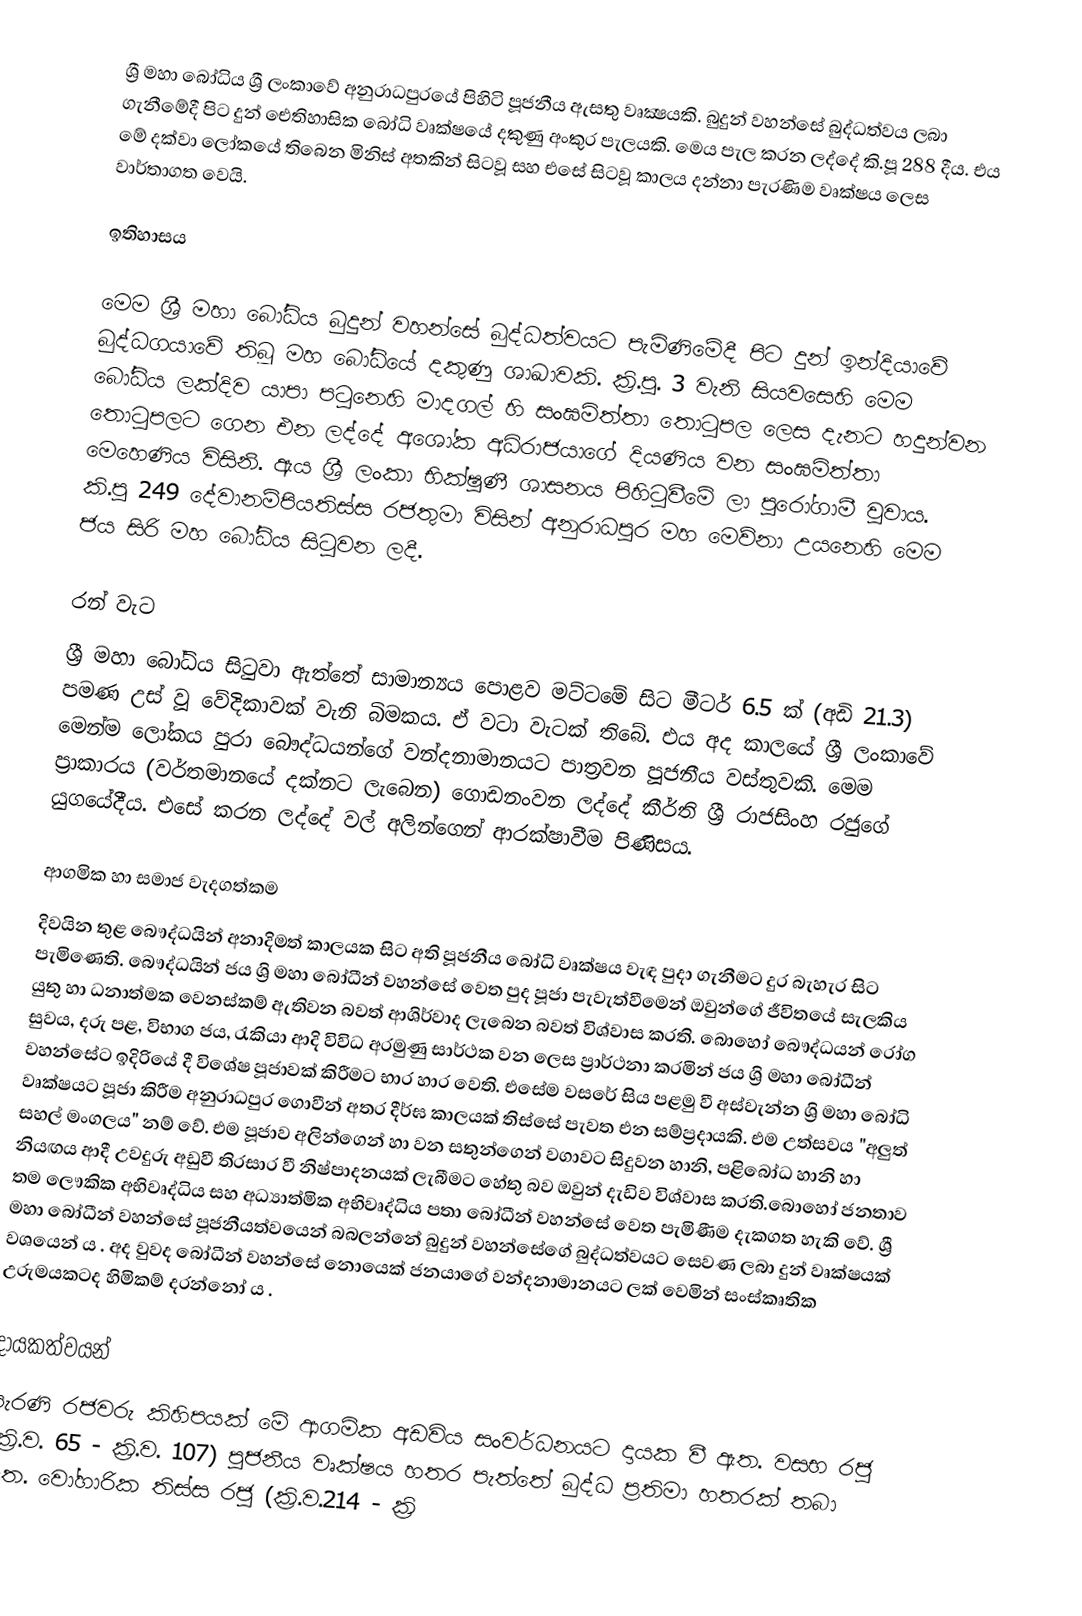
ශ්‍රී  මහා බෝධිය ශ්‍රී ලංකාවේ අනුරාධපුරයේ පිහිටි පූජනීය ඇසතු වෘක්‍ෂයකි. බුදුන් වහන්සේ බුද්ධත්වය ලබා ගැනීමේදී පිට දුන් ඓතිහාසික බෝධි වෘක්ෂයේ දකුණු අංකුර පැලයකි. මෙය පැල කරන ලද්දේ කි.පූ 288 දීය. එය මේ දක්වා ලෝකයේ තිබෙන මිනිස් අතකින් සිටවූ සහ එසේ සිට‍වූ කාලය දන්නා පැරණිම වෘක්ෂය ලෙස වාර්තාගත වෙයි.

ඉතිහාසය

මෙම ශ්‍රී මහා බෝධිය බුදුන් වහන්සේ බුද්ධත්වයට පැමිණිමේදී පිට දුන් ඉන්දියාවේ බුද්ධගයාවේ තිබූ මහ බෝධියේ දකුණු ශාඛාවකි. ක්‍රි.පූ. 3 වැනි සියවසෙහි මෙම බෝධිය ලක්දිව යාපා පටුනෙහි මාදගල් හි සංඝමිත්තා තොටුපල ලෙස දැනට හදුන්වන තොටුපලට ගෙන එන ලද්දේ අශෝක අධිරාජයාගේ දියණිය වන සංඝමිත්තා මෙහෙණිය විසිනි. ඇය ශ්‍රී ලංකා භික්ෂූණී ශාසනය පිහිටුවීමේ ලා  පුරෝගාමී වූවාය. කි.පූ 249 දේවානම්පියතිස්ස රජතුමා විසින් අනුරාධපුර මහ මෙව්නා උයනෙහි මෙම ජය සිරි මහ බෝධිය සිටුවන ලදී.

රන් වැට
ශ්‍රී මහා බෝධිය සිටුවා ඇත්තේ සාමාන්‍යය පොළව මට්ටමේ සිට මීටර් 6.5 ක් (අඩි 21.3) පමණ උස් වූ වේදිකාවක් වැනි බිමකය. ඒ වටා වැටක් තිබේ. එය අද කාලයේ ශ්‍රී  ලංකාවේ මෙන්ම ලෝකය පුරා බෞද්ධයන්ගේ වන්දනාමානයට පාත්‍රවන පූජනීය වස්තුවකි. මෙම ප්‍රාකාරය (වර්තමානයේ දක්නට ලැබෙන) ගොඩනංවන ලද්දේ කීර්ති ශ්‍රී රාජසිංහ රජුගේ යුගයේදීය. එසේ කරන ලද්දේ වල් අලින්ගෙන් ආරක්ෂාවීම පිණිසය.

ආගමික හා සමාජ වැදගත්කම
දිවයින තුළ බෞද්ධයින් අනාදිමත් කාලයක සිට අති පූජනීය බෝධි වෘක්ෂය වැඳ පුදා ගැනීමට දුර බැහැර සිට පැමිණෙති. බෞද්ධයින් ජය ශ්‍රි මහා බෝධීන් වහන්සේ වෙත පුද පූජා පැවැත්වීමෙන් ඔවුන්ගේ ජීවිතයේ සැලකිය යුතු හා ධනාත්මක වෙනස්කම් ඇතිවන බවත් ආශිර්වාද ලැබෙන බවත් විශ්වාස කරති. බොහෝ බෞද්ධයන් රෝග සුවය, දරු පළ, විභාග ජය, රැකියා ආදි විවිධ අරමුණු සාර්ථක වන ලෙස ප්‍රාර්ථනා කරමින් ජය ශ්‍රි මහා බෝධීන් වහන්සේට ඉදිරියේ දී විශේෂ පූජාවක් කිරීමට භාර හාර වෙති. එසේම වසරේ සිය පළමු වී අස්වැන්න ශ්‍රි මහා බෝධි වෘක්ෂයට පූජා කිරීම අනුරාධපුර ගොවීන් අතර දීර්ඝ කාලයක් තිස්සේ පැවත එන සම්ප්‍රදායකි. එම උත්සවය "අලුත් සහල් මංගලය" නම් වේ. එම පූජාව අලින්ගෙන් හා වන සතුන්ගෙන් වගාවට සිදුවන හානි, පළිබෝධ හානි හා නියඟය ආදී උවදුරු අඩුවී තිරසාර වී නිෂ්පාදනයක් ලැබීමට හේතු බව ඔවුන් දැඩිව විශ්වාස කරති.බොහෝ ජනතාව තම ලෞකික අභිවෘද්ධිය සහ අධ්‍යාත්මික අභිවෘද්ධිය පතා බෝධීන් වහන්සේ වෙත පැමිණීම දැකගත හැකි වේ. ශ්‍රී මහා බෝධීන් වහන්සේ පූජනීයත්වයෙන් බබලන්නේ බුදුන් වහන්සේගේ බුද්ධත්වයට සෙවණ ලබා දුන් වෘක්ෂයක් වශයෙන් ය . අද වුවද බෝධීන් වහන්සේ නොයෙක් ජනයාගේ වන්දනාමානයට ලක් වෙමින් සංස්කෘතික උරුමයකටද හිමිකම් දරන්නෝ ය .

දායකත්වයන්
පැරණි රජවරු කිහිපයක් මේ ආගමික අඩවිය සංවර්ධනයට දායක වී ඇත. වසභ රජු (ක්‍රි.ව. 65 - ක්‍රි.ව. 107) පූජනීය වෘක්ෂය හතර පැත්තේ බුද්ධ ප්‍රතිමා හතරක් තබා ඇත. වෝහාරික තිස්ස රජු (ක්‍රි.ව.214 - ක්‍රි